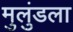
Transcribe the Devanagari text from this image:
मुलुंडला